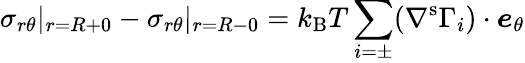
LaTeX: \sigma_{r\theta}|_{r=R+0}-\sigma_{r\theta}|_{r=R-0}=k_{\mathrm{B}}T\sum_{i=\pm}(\nabla^{\mathrm{s}}\Gamma_{i})\cdot\boldsymbol{e}_{\theta}